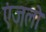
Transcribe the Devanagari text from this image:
एंजलो